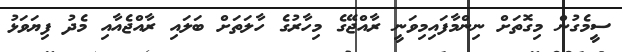
ސީމެގުން މިގޮތަށް ނިންމާފައިމިވަނީ ރާއްޖޭގެ މިހާރުގެ ހާލަތަށް ބަލައި ރާއްޖެއާއި މެދު ފިޔަވަޅު